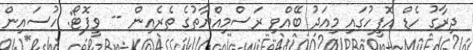
ދިރާގު ހެޑް އޮފީހުގައި މިއަދު ބޭއްވި ރަސްމިއްޔާތުގެ ތެރެއިން -- ވީފޮޓޯ: ހުސައިން